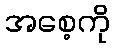
အစေ့ကို